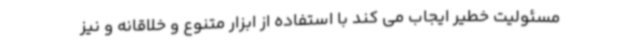
مسئولیت خطیر ایجاب می کند با استفاده از ابزار متنوع و خلاقانه و نیز